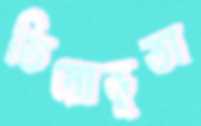
তিরোভূতা